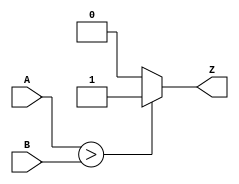
// Code your design here
module ternary(input A, input B, output Z);
  assign Z = A > B ? 1 : 0;
endmodule